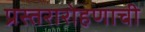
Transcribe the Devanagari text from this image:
प्रस्तरारोहणाची